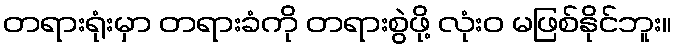
တရားရုံးမှာ တရားခံကို တရားစွဲဖို့ လုံးဝ မဖြစ်နိုင်ဘူး။